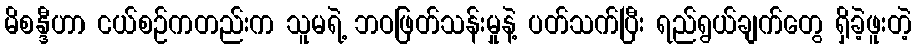
မိစန္ဒီဟာ ငယ်စဉ်ကတည်းက သူမရဲ့ ဘဝဖြတ်သန်းမှုနဲ့ ပတ်သက်ပြီး ရည်ရွယ်ချက်တွေ ရှိခဲ့ဖူးတဲ့